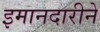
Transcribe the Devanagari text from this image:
इमानदारीने